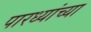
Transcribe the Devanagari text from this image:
पारध्यांच्या